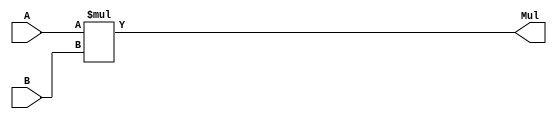
`timescale 1ns / 1ps
//////////////////////////////////////////////////////////////////////////////////
// Company: 
// Engineer: 
// 
// Design Name: 
// Module Name: Mul
// Project Name: 
// Target Devices: 
// Tool Versions: 
// Description: 
// 
// Dependencies: 
// 
// Revision:
// Revision 0.01 - File Created
// Additional Comments:
// 
//////////////////////////////////////////////////////////////////////////////////


module Mul(
    input [15:0] A,
    input [15:0] B,
    output[31:0] Mul
    );
assign Mul = A*B;
endmodule